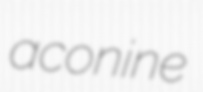
aconine